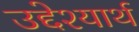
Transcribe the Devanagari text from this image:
उद्देश्यार्थ